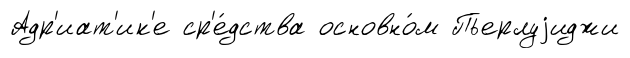
Адр'иат'ик'е ср'е́дства основно́м Пьерлуjиджи